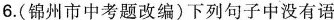
6.(锦州市中考题改编)下列句子中没有语